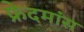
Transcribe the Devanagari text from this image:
फ्रेदमांस